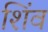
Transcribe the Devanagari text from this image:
शिंव